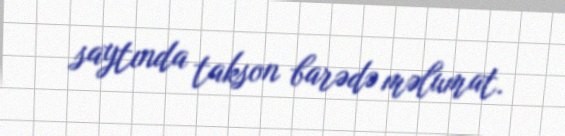
saytında takson barədə məlumat.